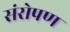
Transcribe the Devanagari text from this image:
संरोपण